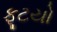
ફૂટયો